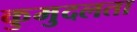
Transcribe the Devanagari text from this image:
कुमुदलता